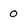
Character: 0